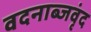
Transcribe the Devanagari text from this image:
वदनाब्जवृंद